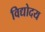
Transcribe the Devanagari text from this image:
विद्योदय